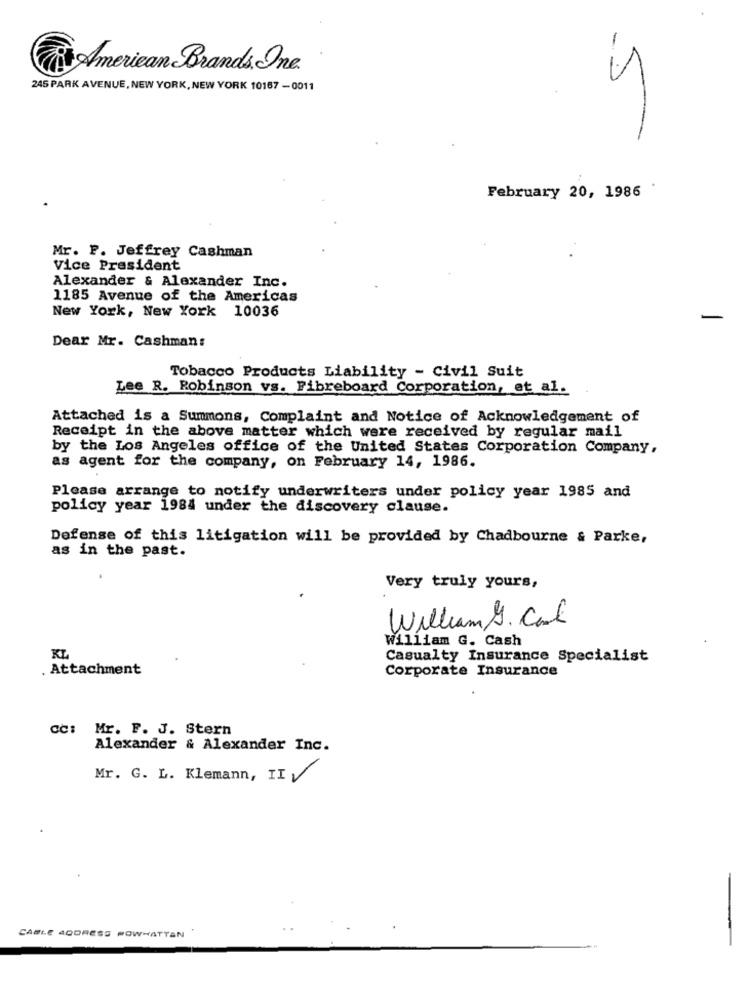
American Brands, One
245 PARK AVENUE, NEW YORK, NEW YORK 10167 - 0011
5
February 20, 1986
Mr. P. Jeffrey Cashman
Vice President
Alexander & Alexander Inc.
1185 Avenue of the Americas
New York, New York 10036
-
Dear Mr. Cashman:
Tobacco Products Liability - Civil Suit
Lee R. Robinson vs. Fibreboard Corporation, et al.
Attached is a Summons, Complaint and Notice of Acknowledgement of
Receipt in the above matter which were received by regular mail
by the Los Angeles office of the United States Corporation Company,
as agent for the company, on February 14, 1986.
Please arrange to notify underwriters under policy year 1985 and
policy year 1984 under the discovery clause.
Defense of this litigation will be provided by Chadbourne & Parke,
as in the past.
Very truly yours,
Williamb.Col
William G. Cash
KL
Casualty Insurance Specialist
. Attachment
Corporate Insurance
CC: Mr. F. J. Stern
Alexander & Alexander Inc.
Mr. G. L. Klemann, II V
CABLE ADDRESS POWHATTAN
-